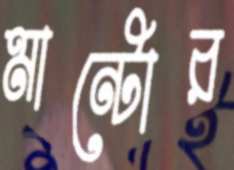
মান্টোর